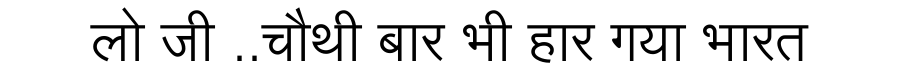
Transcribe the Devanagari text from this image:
लो जी ..चौथी बार भी हार गया भारत